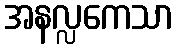
အနလ္လကေသာ